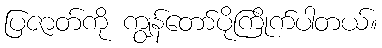
ပြဇာတ်ကို ကျွန်တော်ပိုကြိုက်ပါတယ်။